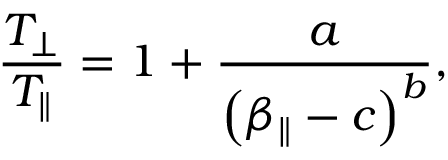
\frac { T _ { \perp } } { T _ { \parallel } } = 1 + \frac { a } { \left( \beta _ { \parallel } - c \right) ^ { b } } ,